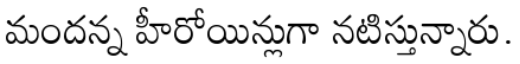
మందన్న హీరోయిన్లుగా నటిస్తున్నారు.